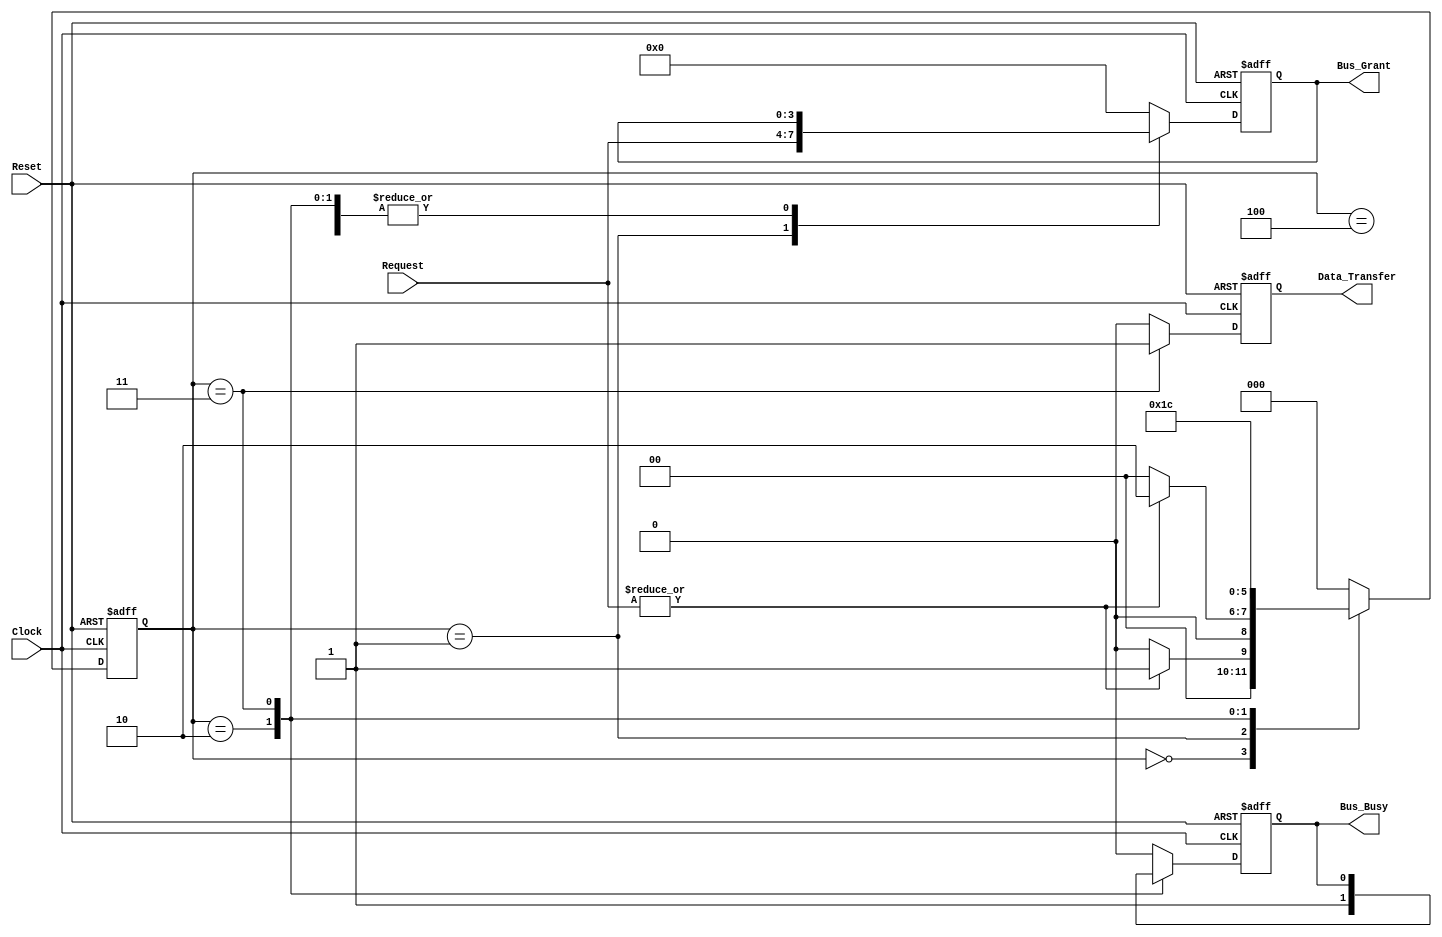
module BusController (
    input wire [N-1:0] Request, // Request signals from devices (N devices)
    input wire Clock,
    input wire Reset,
    output reg [N-1:0] Bus_Grant, // Grant signal for the requesting device
    output reg Bus_Busy,          // Indicates the bus is busy
    output reg Data_Transfer      // Indicates data is being transferred
);

parameter N = 4; // Number of devices
parameter IDLE = 3'b000, 
          REQUEST = 3'b001, 
          GRANT = 3'b010, 
          TRANSMIT = 3'b011, 
          RELEASE = 3'b100;

reg [2:0] current_state, next_state;

// State Transition Logic
always @(posedge Clock or posedge Reset) begin
    if (Reset) begin
        current_state <= IDLE;
    end else begin
        current_state <= next_state;
    end
end

// Next State Logic
always @(*) begin
    case (current_state)
        IDLE: begin
            if (|Request) // If any device requests
                next_state = REQUEST;
            else
                next_state = IDLE;
        end
        REQUEST: begin
            if (|Request) // Check if request is valid
                next_state = GRANT;
            else
                next_state = IDLE;
        end
        GRANT: begin
            next_state = TRANSMIT; // Move to transmit state after granting
        end
        TRANSMIT: begin
            next_state = RELEASE; // Move to release after transmission
        end
        RELEASE: begin
            next_state = IDLE; // Go back to idle after release
        end
        default: next_state = IDLE; // Default to idle on unexpected state
    endcase
end

// Output Logic
always @(posedge Clock or posedge Reset) begin
    if (Reset) begin
        Bus_Grant <= 0;
        Bus_Busy <= 0;
        Data_Transfer <= 0;
    end else begin
        case (current_state)
            IDLE: begin
                Bus_Grant <= 0;
                Bus_Busy <= 0;
                Data_Transfer <= 0;
            end
            REQUEST: begin
                Bus_Grant <= Request; // Grant to the requesting device
                Bus_Busy <= 0; // Not busy yet
                Data_Transfer <= 0; // No data transfer yet
            end
            GRANT: begin
                Bus_Busy <= 1; // Bus is busy
                Data_Transfer <= 0; // No data transfer yet
            end
            TRANSMIT: begin
                Data_Transfer <= 1; // Data is being transferred
            end
            RELEASE: begin
                Bus_Busy <= 0; // Release the bus
                Data_Transfer <= 0; // No data transfer
            end
            default: begin
                Bus_Grant <= 0;
                Bus_Busy <= 0;
                Data_Transfer <= 0;
            end
        endcase
    end
end

endmodule